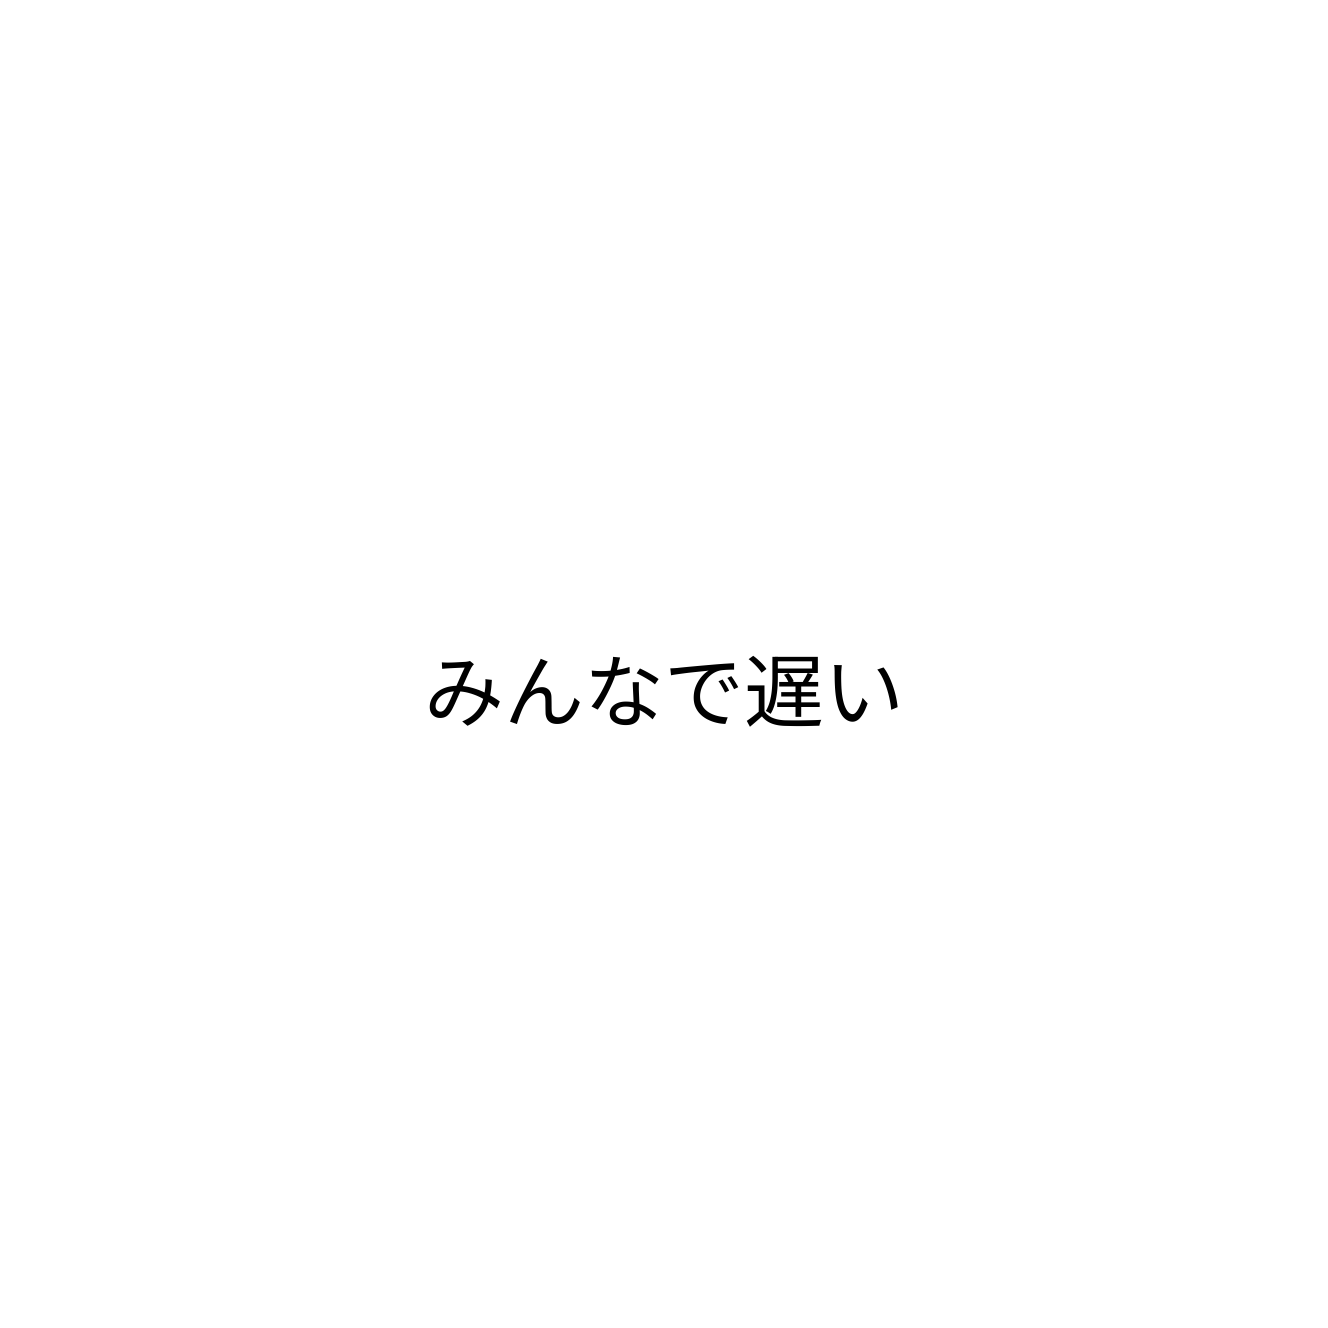
みんなで遅い